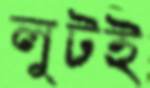
লুটই